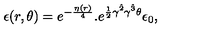
\epsilon ( r , \theta ) = e ^ { - { \frac { \eta ( r ) } { 4 } } } . e ^ { { \frac { 1 } { 2 } } \gamma ^ { \hat { 2 } } \gamma ^ { \hat { 3 } } \theta } \epsilon _ { 0 } ,